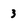
Character: 3